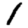
Digit: 1